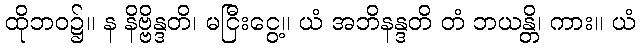
ထိုဘဝ၌။ န နိဗ္ဗိန္ဒတိ၊ မငြီးငွေ့။ ယံ အဘိနန္ဒတိ တံ ဘယန္တိ၊ ကား။ ယံ